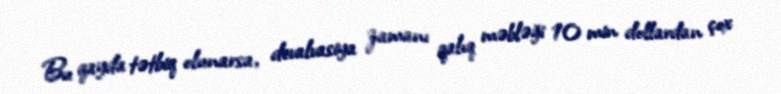
Bu qayda tətbiq olunarsa, devalvasiya zamanı qalıq məbləği 10 min dollardan çox